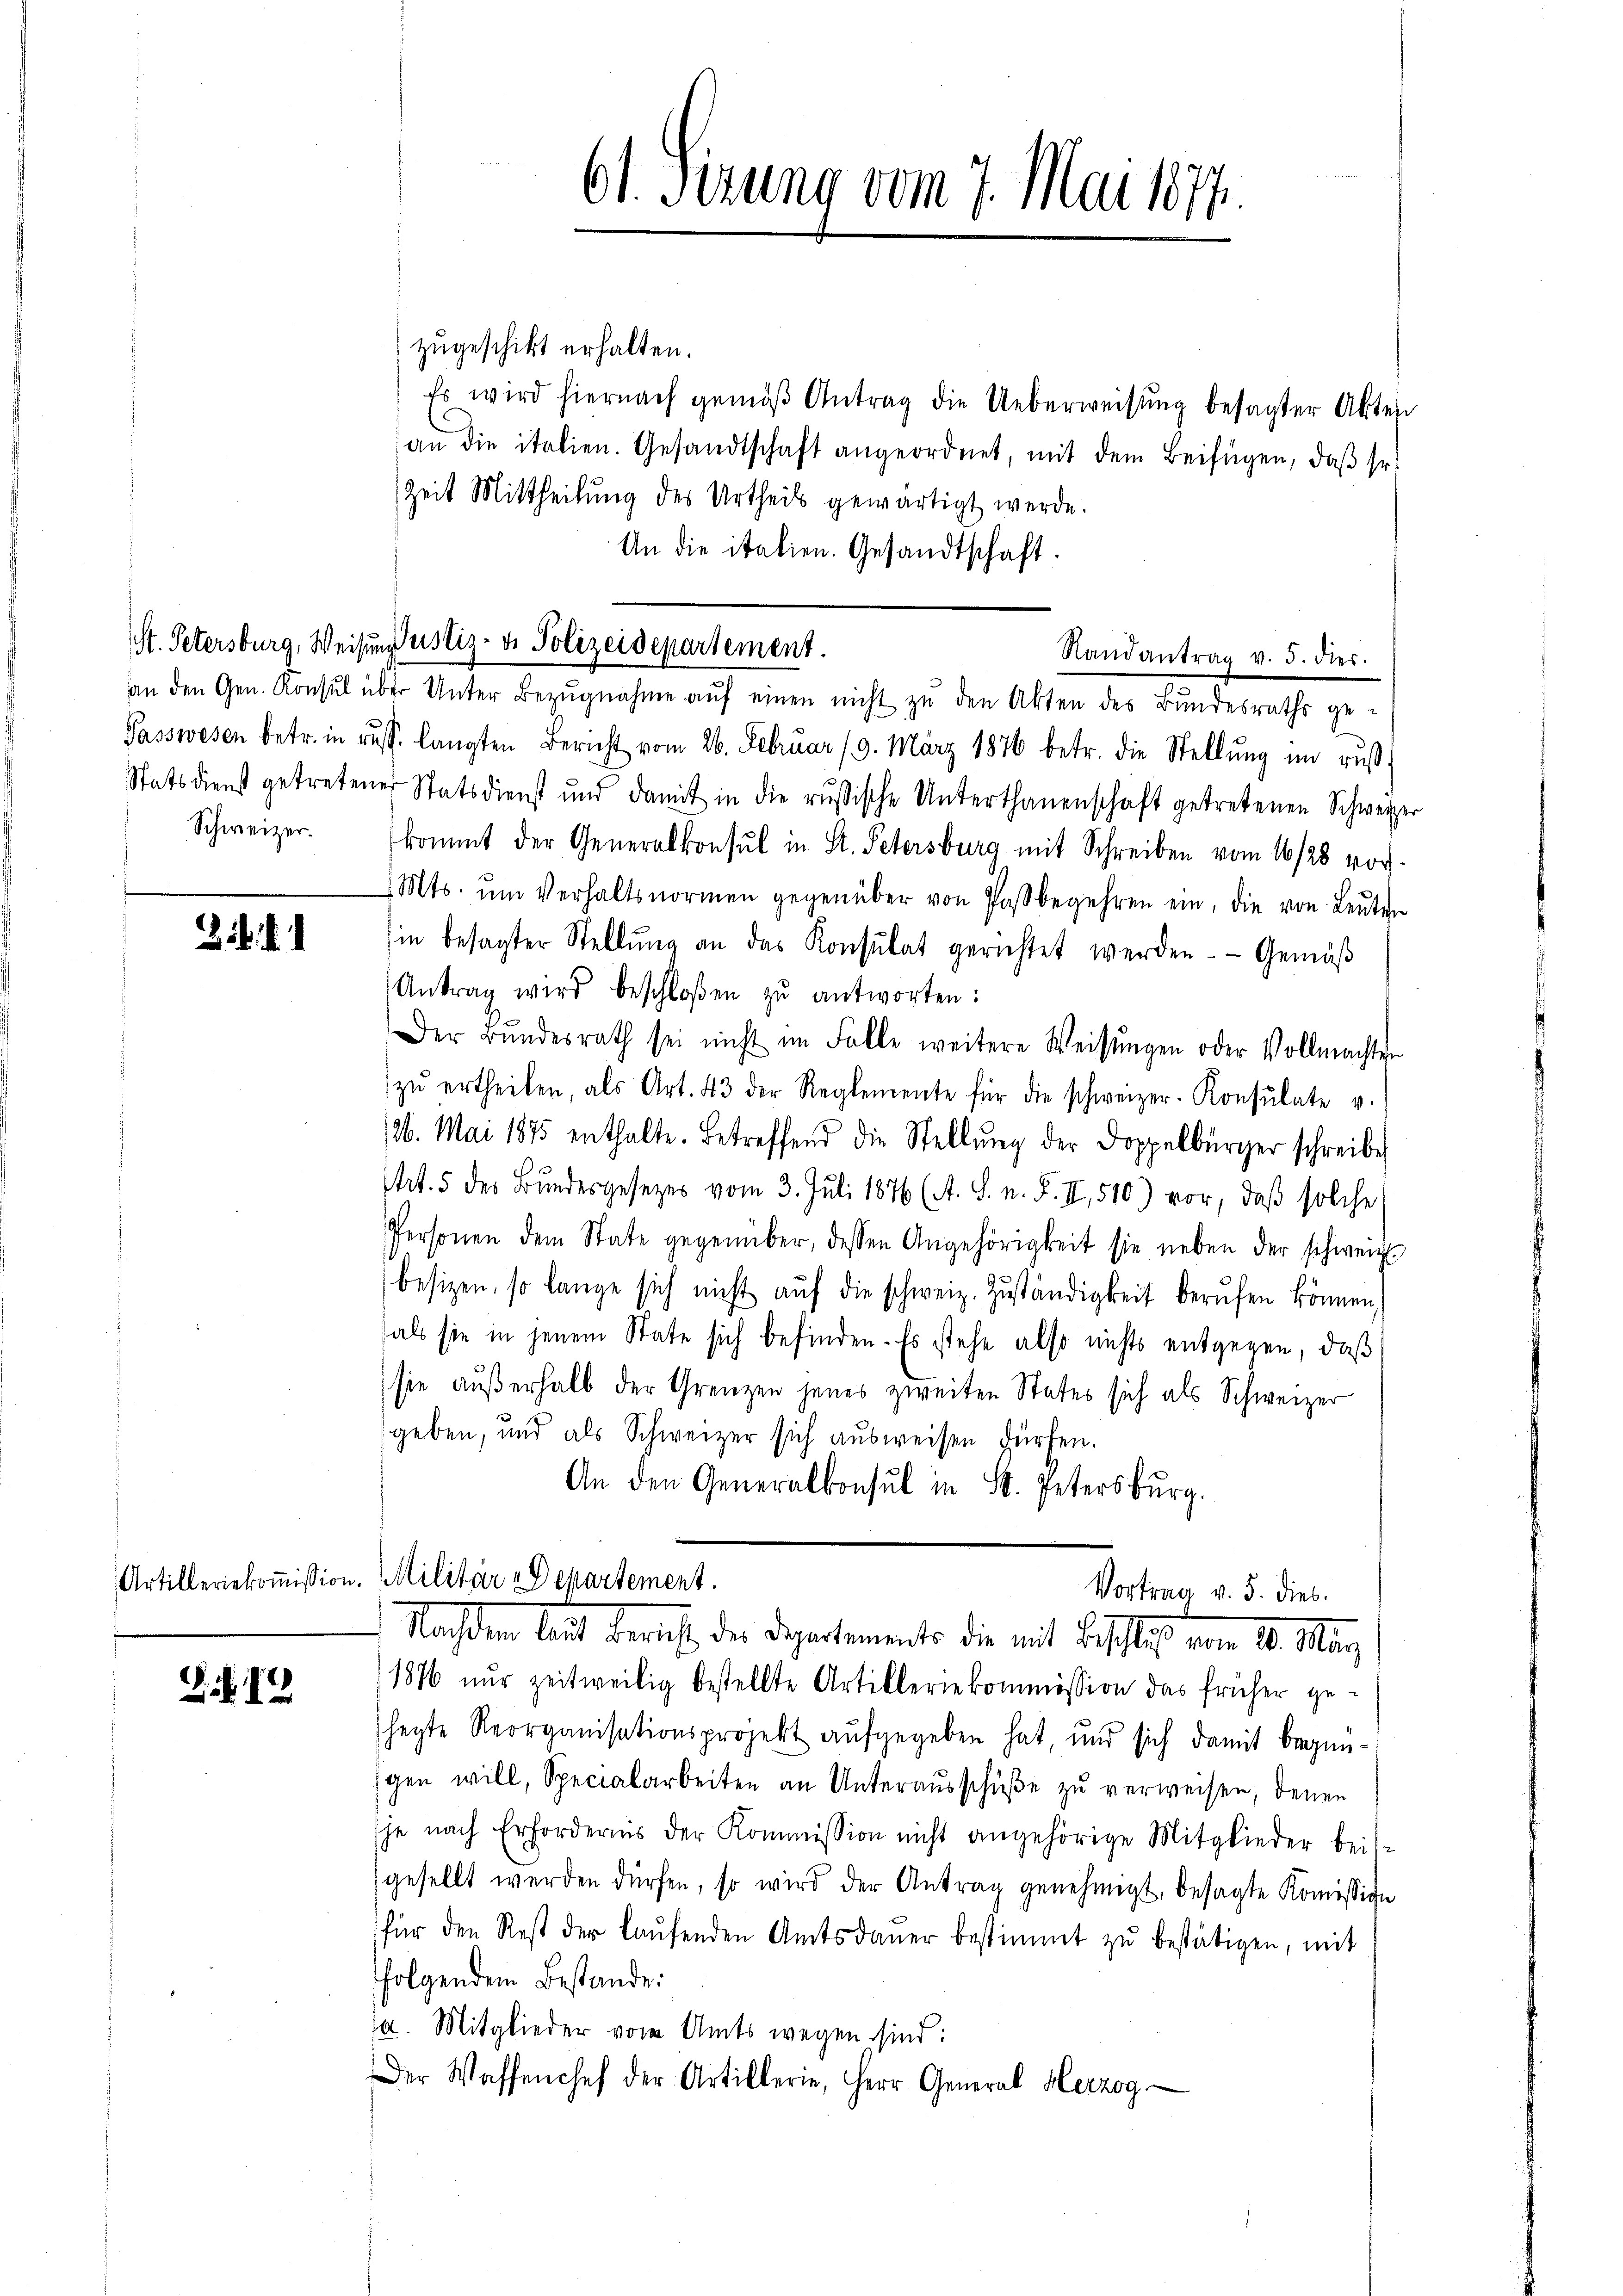
Schweizer.

.

.. 1

zugeschikt erhalten.
Es wird hiernach gemäβ Antrag die Ueberweisung besagter Akten
an die italien. Gesandtschaft angeordnet, mit dem Beifügen, daβ so
Zeit Mittheilung des Urtheils gewärtigt werde.
An die italien. Gesandtschaft.
an den Gen. Konsŭl über Unter Bezŭgnahme aŭf einen nicht zŭ den Akten des Bundesraths ge-
Passwesen betr. in russ. langten Bericht vom 26. Februar 19. März 1876 betr. die Stellŭng im rŭβ-
Statsdienst getretener Statsdienst und damit in die russische Unterthanenschaft getretenen Schweizer
kommt der Generalkonsul in St. Petersburg mit Schreiben vom 16/28 vor¬
Mts. ŭm Verhaltsnormen gegenüber von Paßbegehren ein, die von Leŭten
in besagter Stellŭng an das Konsulat gerichtet werden Gemäß
Antrag wird beschloßen zŭ antworten:
Der Bŭndesrath sei nicht im Falle weitere Weisŭngen oder Vollmachten
zŭ ertheilen, als Art. 43 der Reglemente für die schweizer-Konsulate v.
126. Mai 1875 enthalte. Betreffend die Stellŭng der Doppelbürger schreibe
t. 5 des Bundesgesezes vom 3. Juli 1876 (A. S. n. F. II, 510) vor, daß solche
Personen dem State gegenüber, dessen Angehörigkeit sie neben der schweiz.
besizen, so lange sich nicht aŭf die schweiz. Zŭständigkeit berŭfen können,
fals sie in jenem State sich befinden. Es stehe also nichts entgegen, daß
(sie außerhalb der Grenzen jenes zweiten States sich als Schweizer
geben, und als Schweizer sich ausweisen dürfen.
An den Generalkonsul in St. Petersburg.

St. Petersburg, Weisung ustiz- & Polizeidepartement.

61. Sizung vom 7. Mai 1877.

Randantrag v. 3. dies

Artilleriekoṁission. Militär-Departement.
Vortrag v. 5. dies
Nachdem beit der est der Departements die mit Beschluß vom 18. Man

1876 nur zeitweilig bestellte Artilleriekommission das früher geshegte Reorganisationsprojekt aufgegeben hat, und sich damit begin-
igen will, Specialarbeiten an Unteraŭsschŭβe zŭ verweisen, denen
je nach Erfordernis der Kommission nicht angehörige Mitglieder bei-
gesellt werden dürfen, so wird der Antrag genehmigt, besagte Koṁission
für den Rest der laŭfenden Amtsdaŭer bestimmt zŭ bestätigen, mit
folgendem Bestände:
a. Mitglieder vom Amts wegen sind:
Der Waffenchef der Artillerie, Herr General Herzog